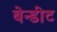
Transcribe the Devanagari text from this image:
बेन्डीट